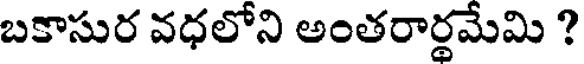
బకాసుర వధలోని అంతరార్థమేమి ?